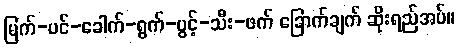
မြက်-ပင်-ခေါက်-ရွက်-ပွင့်-သီး-ဖက် ခြောက်ချက် ဆိုးရည်အပ်။